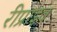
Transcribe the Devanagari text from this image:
रीप्राइव